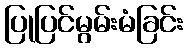
ပြုပြင်မွမ်းမံခြင်း